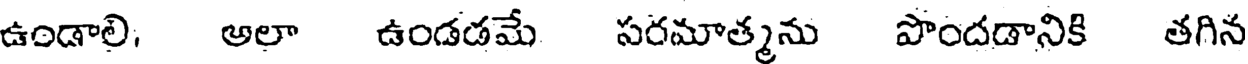
ఉండాలి, అలా ఉండడమే సరమాత్మను పొందడానికి తగిన